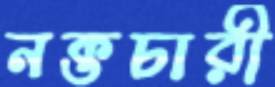
নক্তচারী